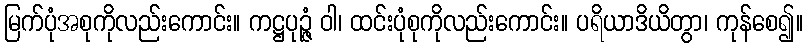
မြက်ပုံအစုကိုလည်းကောင်း။ ကဋ္ဌပုဉ္ဇံ ဝါ၊ ထင်းပုံစုကိုလည်းကောင်း။ ပရိယာဒိယိတွာ၊ ကုန်စေ၍။